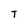
Character: T